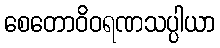
စေတောဝိဝရဏသပ္ပါယာ